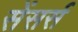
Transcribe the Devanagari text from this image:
सेंसर्स